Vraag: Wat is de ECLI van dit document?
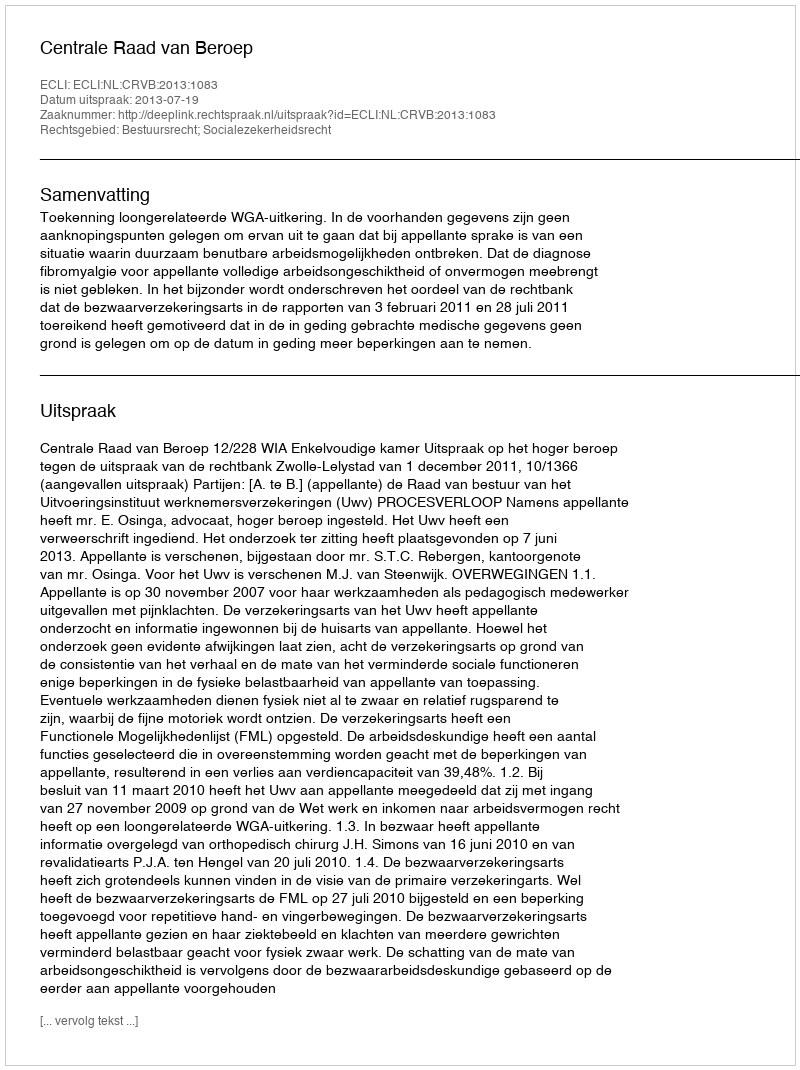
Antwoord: ECLI:NL:CRVB:2013:1083